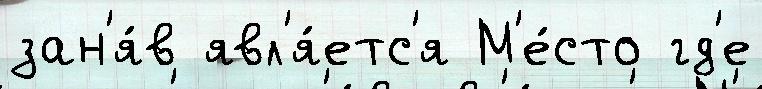
зан'я́в явл'я́етс'я М'е́сто гд'е